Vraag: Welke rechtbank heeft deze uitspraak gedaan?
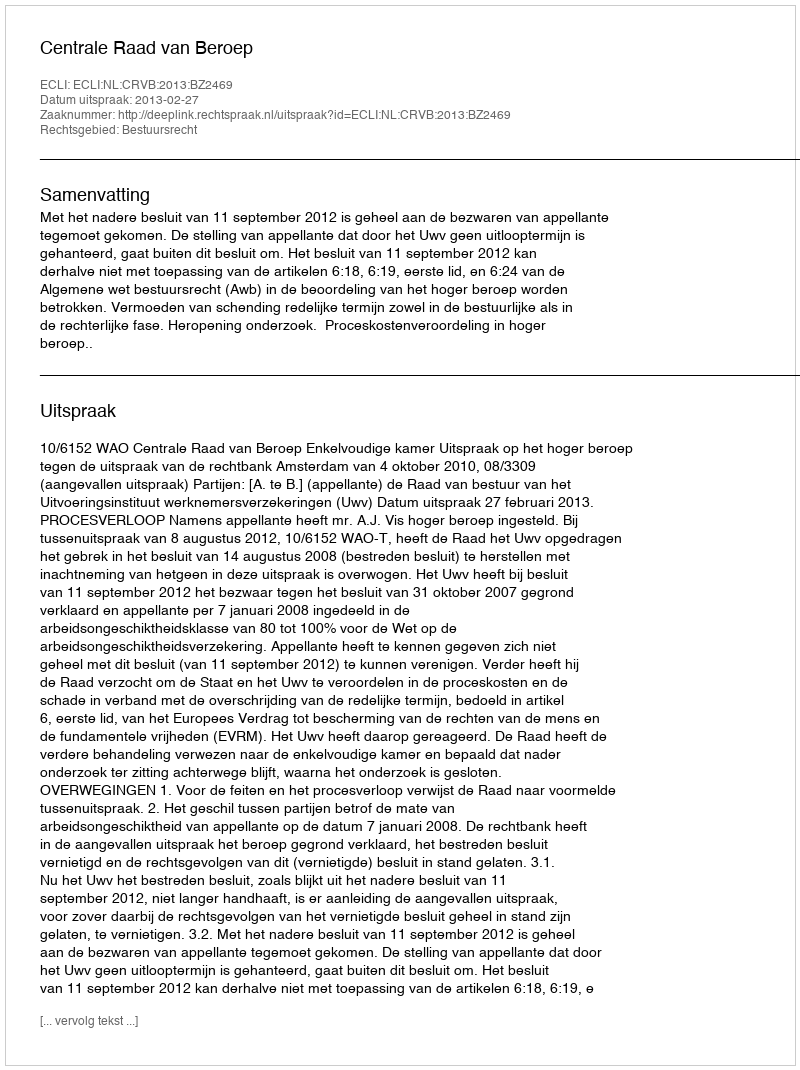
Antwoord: Centrale Raad van Beroep